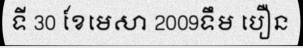
ទី 30 ខែមេសា 2009ទឹម បឿន